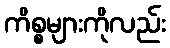
ကိစ္စများကိုလည်း